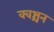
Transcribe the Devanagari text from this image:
क्वश्चन